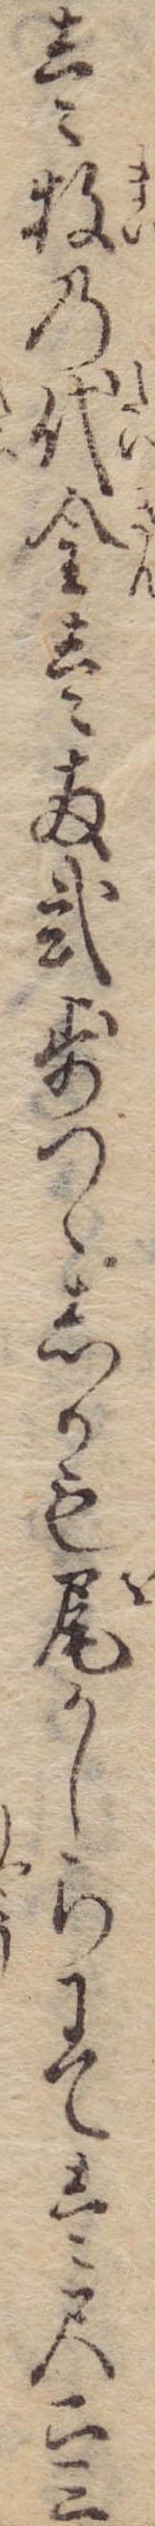
壱牧の代金壱両弐歩づゝしかも尾かしらにて壱尺二三